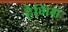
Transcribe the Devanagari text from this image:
हैगिंग